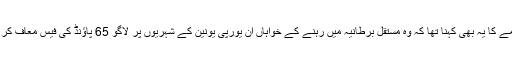
تھریسا مے کا یہ بھی کہنا تھا کہ وہ مستقل برطانیہ میں رہنے کے خواہاں اُن یورپی یونین کے شہریوں پر لاگو 65 پاؤنڈ کی فیس معاف کر دیں گی۔